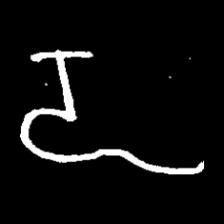
Pyu character \u2014 Myanmar letter: ဍ (romanized: dda)